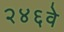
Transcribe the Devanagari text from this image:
२४६वे